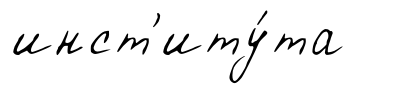
инст'иту́та